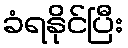
ခံရနိုင်ပြီး